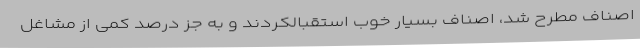
اصناف مطرح شد، اصناف بسیار خوب استقبالکردند و به جز درصد کمی از مشاغل